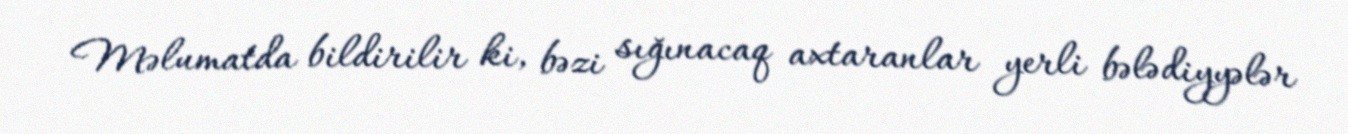
Məlumatda bildirilir ki, bəzi sığınacaq axtaranlar yerli bələdiyyələr